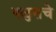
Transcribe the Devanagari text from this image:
पळुसचे